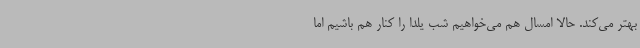
بهتر می‌کند. حالا امسال هم می‌خواهیم شب یلدا را کنار هم باشیم اما